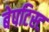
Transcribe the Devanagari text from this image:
बेपटिस्ट